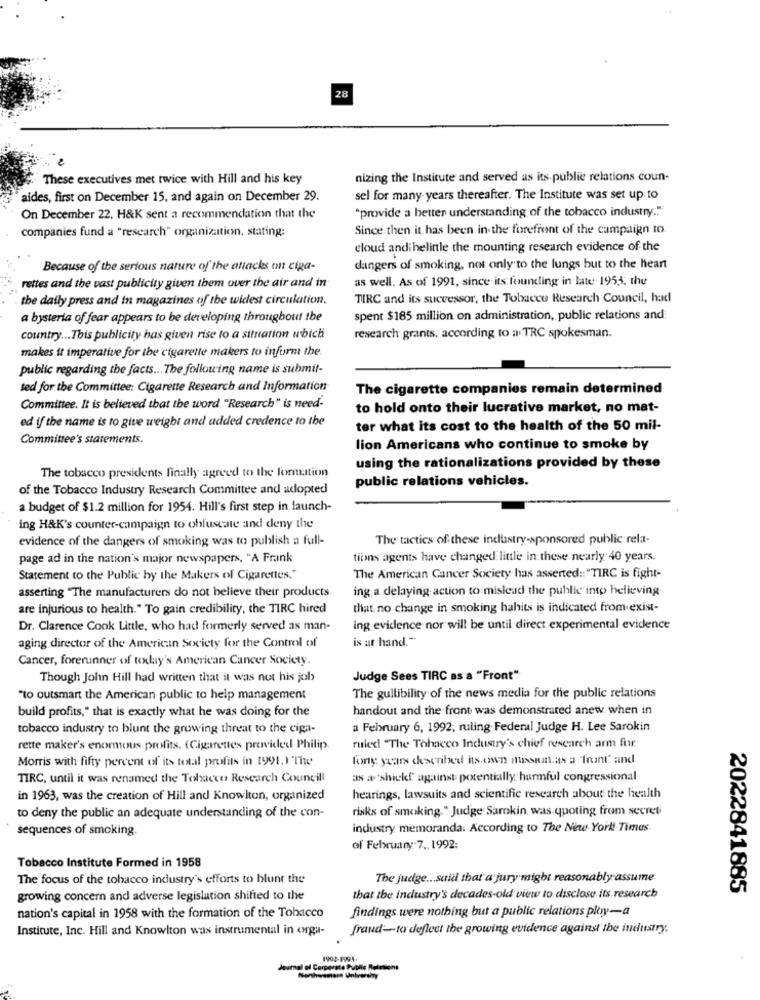
28
These executives met twice with Hill and his key
nizing the Institute and served as its public relations coun-
aides, first on December 15, and again on December 29.
sel for many years thereafter. The Institute was set up to
On December 22. H&K sent a recommendation that the
"provide a better understanding of the tobacco industry."
companies fund a "research" organization, stating:
Since then it has been in the forefront of the campaign to.
cloud andi belittle the mounting research evidence of the
Because of the serious nature of the attacks on ciza-
dangers of smoking, not only to the lungs but to the heart
as well. As of 1991, since its founding in late. 1953. the
rettes and the vast publicity given them over the air and in
the daily press and in magazines of the widest circulation.
TIRC and its successor, the Tobacco Research Council, had
a bysteria of fear appears to be developing throughout the
spent $185 million on administration, public relations and
country ... This publicity has given rise to a situation wbich
research grants, according to a TRC spokesman.
makes it imperative for the cigarette makers to inform the.
public regarding the facts ... The following name is submit-
ted for the Committee: Cigarette Research and Information
The cigarette companies remain determined
Committee. It is believed that the word "Research" is need-
to hold onto their lucrative market, no mat-
ed if the name is to give weight and added credence to the
ter what its cost to the health of the 50 mil-
Committee's statements.
lion Americans who continue to smoke by
using the rationalizations provided by these
The tobacco presidents finally agreed to the formation
public relations vehicles.
of the Tobacco Industry Research Committee and adopted
a budget of $1.2 million for 1954. Hill's first step in launch-
ing H&K's counter-campaign to obfuscate and deny the
evidence of the dangers of smoking was to publish a full-
The tactics of these industry-sponsored public rela-
page ad in the nation's major newspapers. "A Frank
tibons agents have changed little in these nearly 40 years.
Statement to the Public by the Makers of Cigarettes."
The American Cancer Society has asserted :: "TIRC is fight-
asserting "The manufacturers do not believe their products
ing a delaying action to mislead the public into believing
are injurious to health." To gain credibility, the TIRC hired
that no change in smoking hahits is indicated from exist-
Dr. Clarence Cook Little, who had formerly served as man-
ing evidence nor will be until direct experimental evidence
is at hand."
aging director of the American Society for the Control of
Cancer, forerunner of today's American Cancer Society.
Though John Hill had written that it was not his job
Judge Sees TIRC as a "Front"
"to outsmart the American public to help management
The gullibility of the news media for the public relations
build profits," that is exactly what he was doing for the
handout and the front was demonstrated anew when in
tobacco industry to blunt the growing threat to the ciga-
a February 6, 1992, ruling Federal Judge H. Lee Sarokin
rette maker's enormous profits. (Cigarettes provided Philip
ruled "The Tobacco Industry's chief research arm for
Morris with fifty percent of its total profits in 1991.) The
fory: years chescribed its own mission.as a front and
TIRC, until it was renamed the Tobacco Research Councill
as a `shickf against potentially harmful congressional
in 1963, was the creation of Hill and Knowlton, organized
hearings, lawsuits and scientific research about the health
risks of smoking." Judge Sarokin, was qpoting from secret
to deny the public an adequate understanding of the con-
sequences of smoking.
industry memoranda: According to The Nine York Times.
of February 7 .. 1992:
Tobacco Institute Formed in 1958
The focus of the tobacco industry's efforts to blunt the
The judge ... said that a jury might reasonably assume.
2022841885
growing concern and adverse legislation shifted to the
that the industry's decades-old view to disclose its research
findings were nothing but a public relations ploy-a
nation's capital in 1958 with the formation of the Tobacco
Institute, Inc. Hill and Knowlton was instrumental in orga-
fraud-to deflect the growing evidence against the industry;
1993-1594.
Journal of Corporate Public Relations